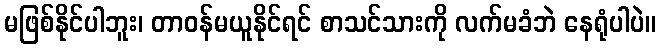
မဖြစ်နိုင်ပါဘူး၊ တာဝန်မယူနိုင်ရင် စာသင်သားကို လက်မခံဘဲ နေရုံပါပဲ။